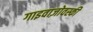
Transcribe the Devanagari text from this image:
गाइवाज़ोवस्की